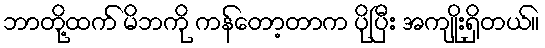
ဘာတို့ထက် မိဘကို ကန်တော့တာက ပိုပြီး အကျိုးရှိတယ်။